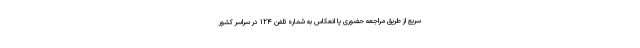
سریع از طریق مراجعه حضوری یا انعکاس به شماره تلفن ۱۲۴ در سراسر کشور